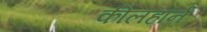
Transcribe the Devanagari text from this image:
कीलहॉर्न